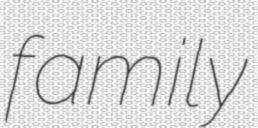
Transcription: family